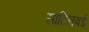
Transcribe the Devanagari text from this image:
साटिनबर्ड